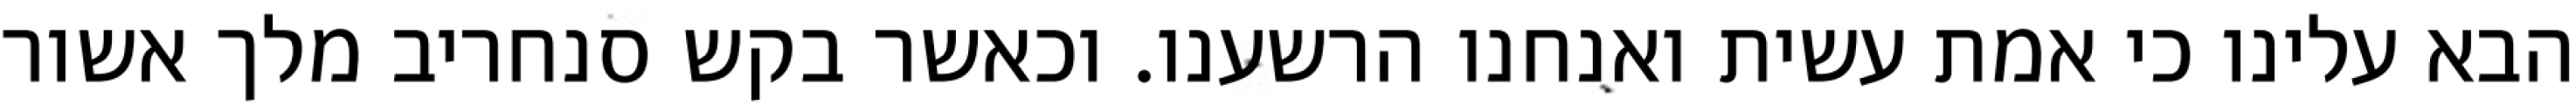
הבא עלינו כי אמת עשית ואנחנו הרשענו. וכאשר בקש סנחריב מלך אשור